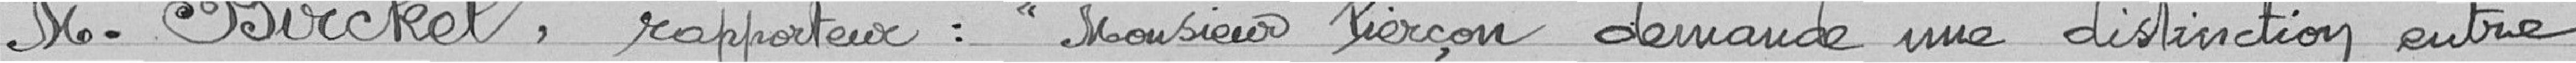
M. Birckel, rapporteur: Monsieur Pierçon demande une distinction entre